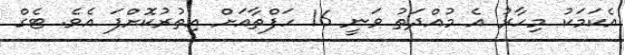
އެކަމަކު މިހާރު އެ މުއްދަތު ވަނީ 16 ހަފްތާއަށް އިތުރުކޮށްފަ އެވެ. ޓެގް